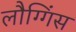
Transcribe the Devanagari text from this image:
लौग्गिंस